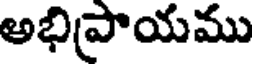
అభిప్రాయము